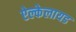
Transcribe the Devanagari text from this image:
ऐल्केलायड